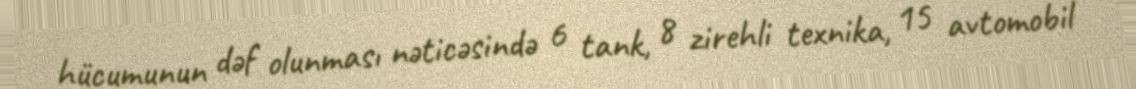
hücumunun dəf olunması nəticəsində 6 tank, 8 zirehli texnika, 15 avtomobil